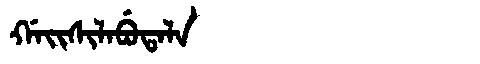
Manchu: ᡤᠠᡳᠰᡳᠯᠠᠪᡠᡨᠠᠯᠠ
Romanization: GAISILABUTALA